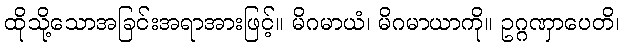
ထိုသို့သောအခြင်းအရာအားဖြင့်။ မိဂမာယံ၊ မိဂမာယာကို။ ဥဂ္ဂဏှာပေတိ၊